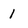
Character: 1